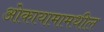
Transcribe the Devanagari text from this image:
ओकायामामधील